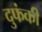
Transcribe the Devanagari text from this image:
दुफंकी